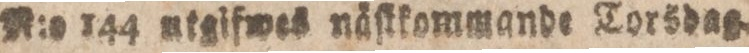
R:o 144 utgifwas näſtkommande Torsdag.